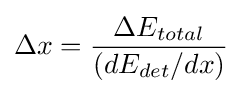
\Delta x={\frac {\Delta E_{total}}{(dE_{det}/dx)}}